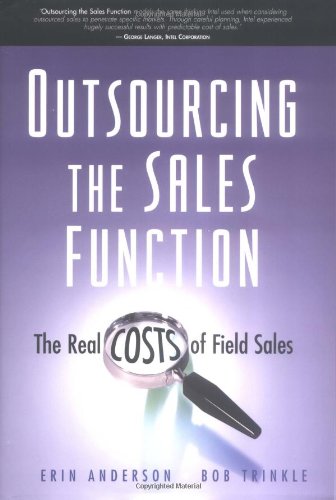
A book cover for Outsourcing the Sales Function: The Real Costs of Field Sales; Erin Anderson; Business & Money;